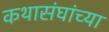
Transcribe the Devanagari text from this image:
कथासंघांच्या